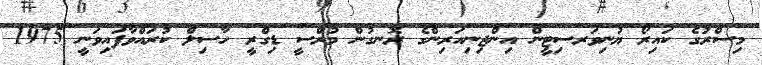
މިސްރުގެ ކައިރޯ ޔުނިވަރސިޓީން އިންޖިނިއަރިންގެ ރޮނގުން މުރްސީ ޑިގްރީ ހާސިލް ކުރައްވާފައިވަނީ 1975